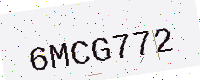
Text: 6MCG772